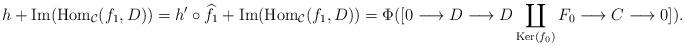
LaTeX: \begin{align*}h + {\rm Im}({\rm Hom}_{\mathcal{C}}(f_1, D)) & = h' \circ \widehat{f_1} + {\rm Im}({\rm Hom}_{\mathcal{C}}(f_1, D)) = \Phi( [0 \longrightarrow D \longrightarrow D \coprod_{{\rm Ker}(f_0)} F_0 \longrightarrow C \longrightarrow 0] ). \end{align*}